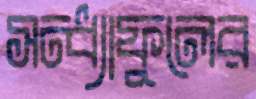
সন্ধ্যাফুলের